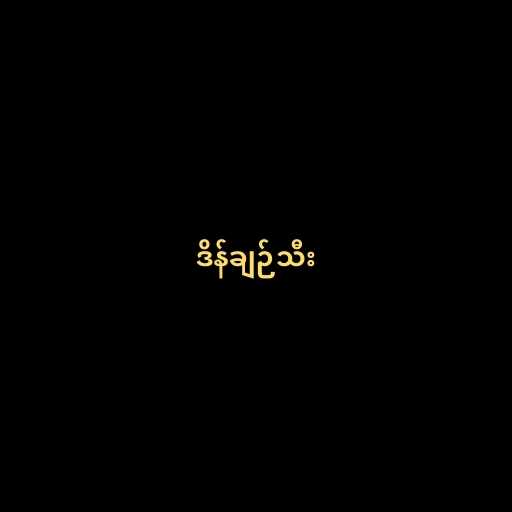
ဒိန်ချဉ်သီး